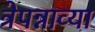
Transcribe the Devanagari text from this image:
त्रेपन्नाव्या